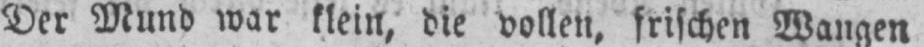
Der Mund war klein, die vollen, frischen Wangen